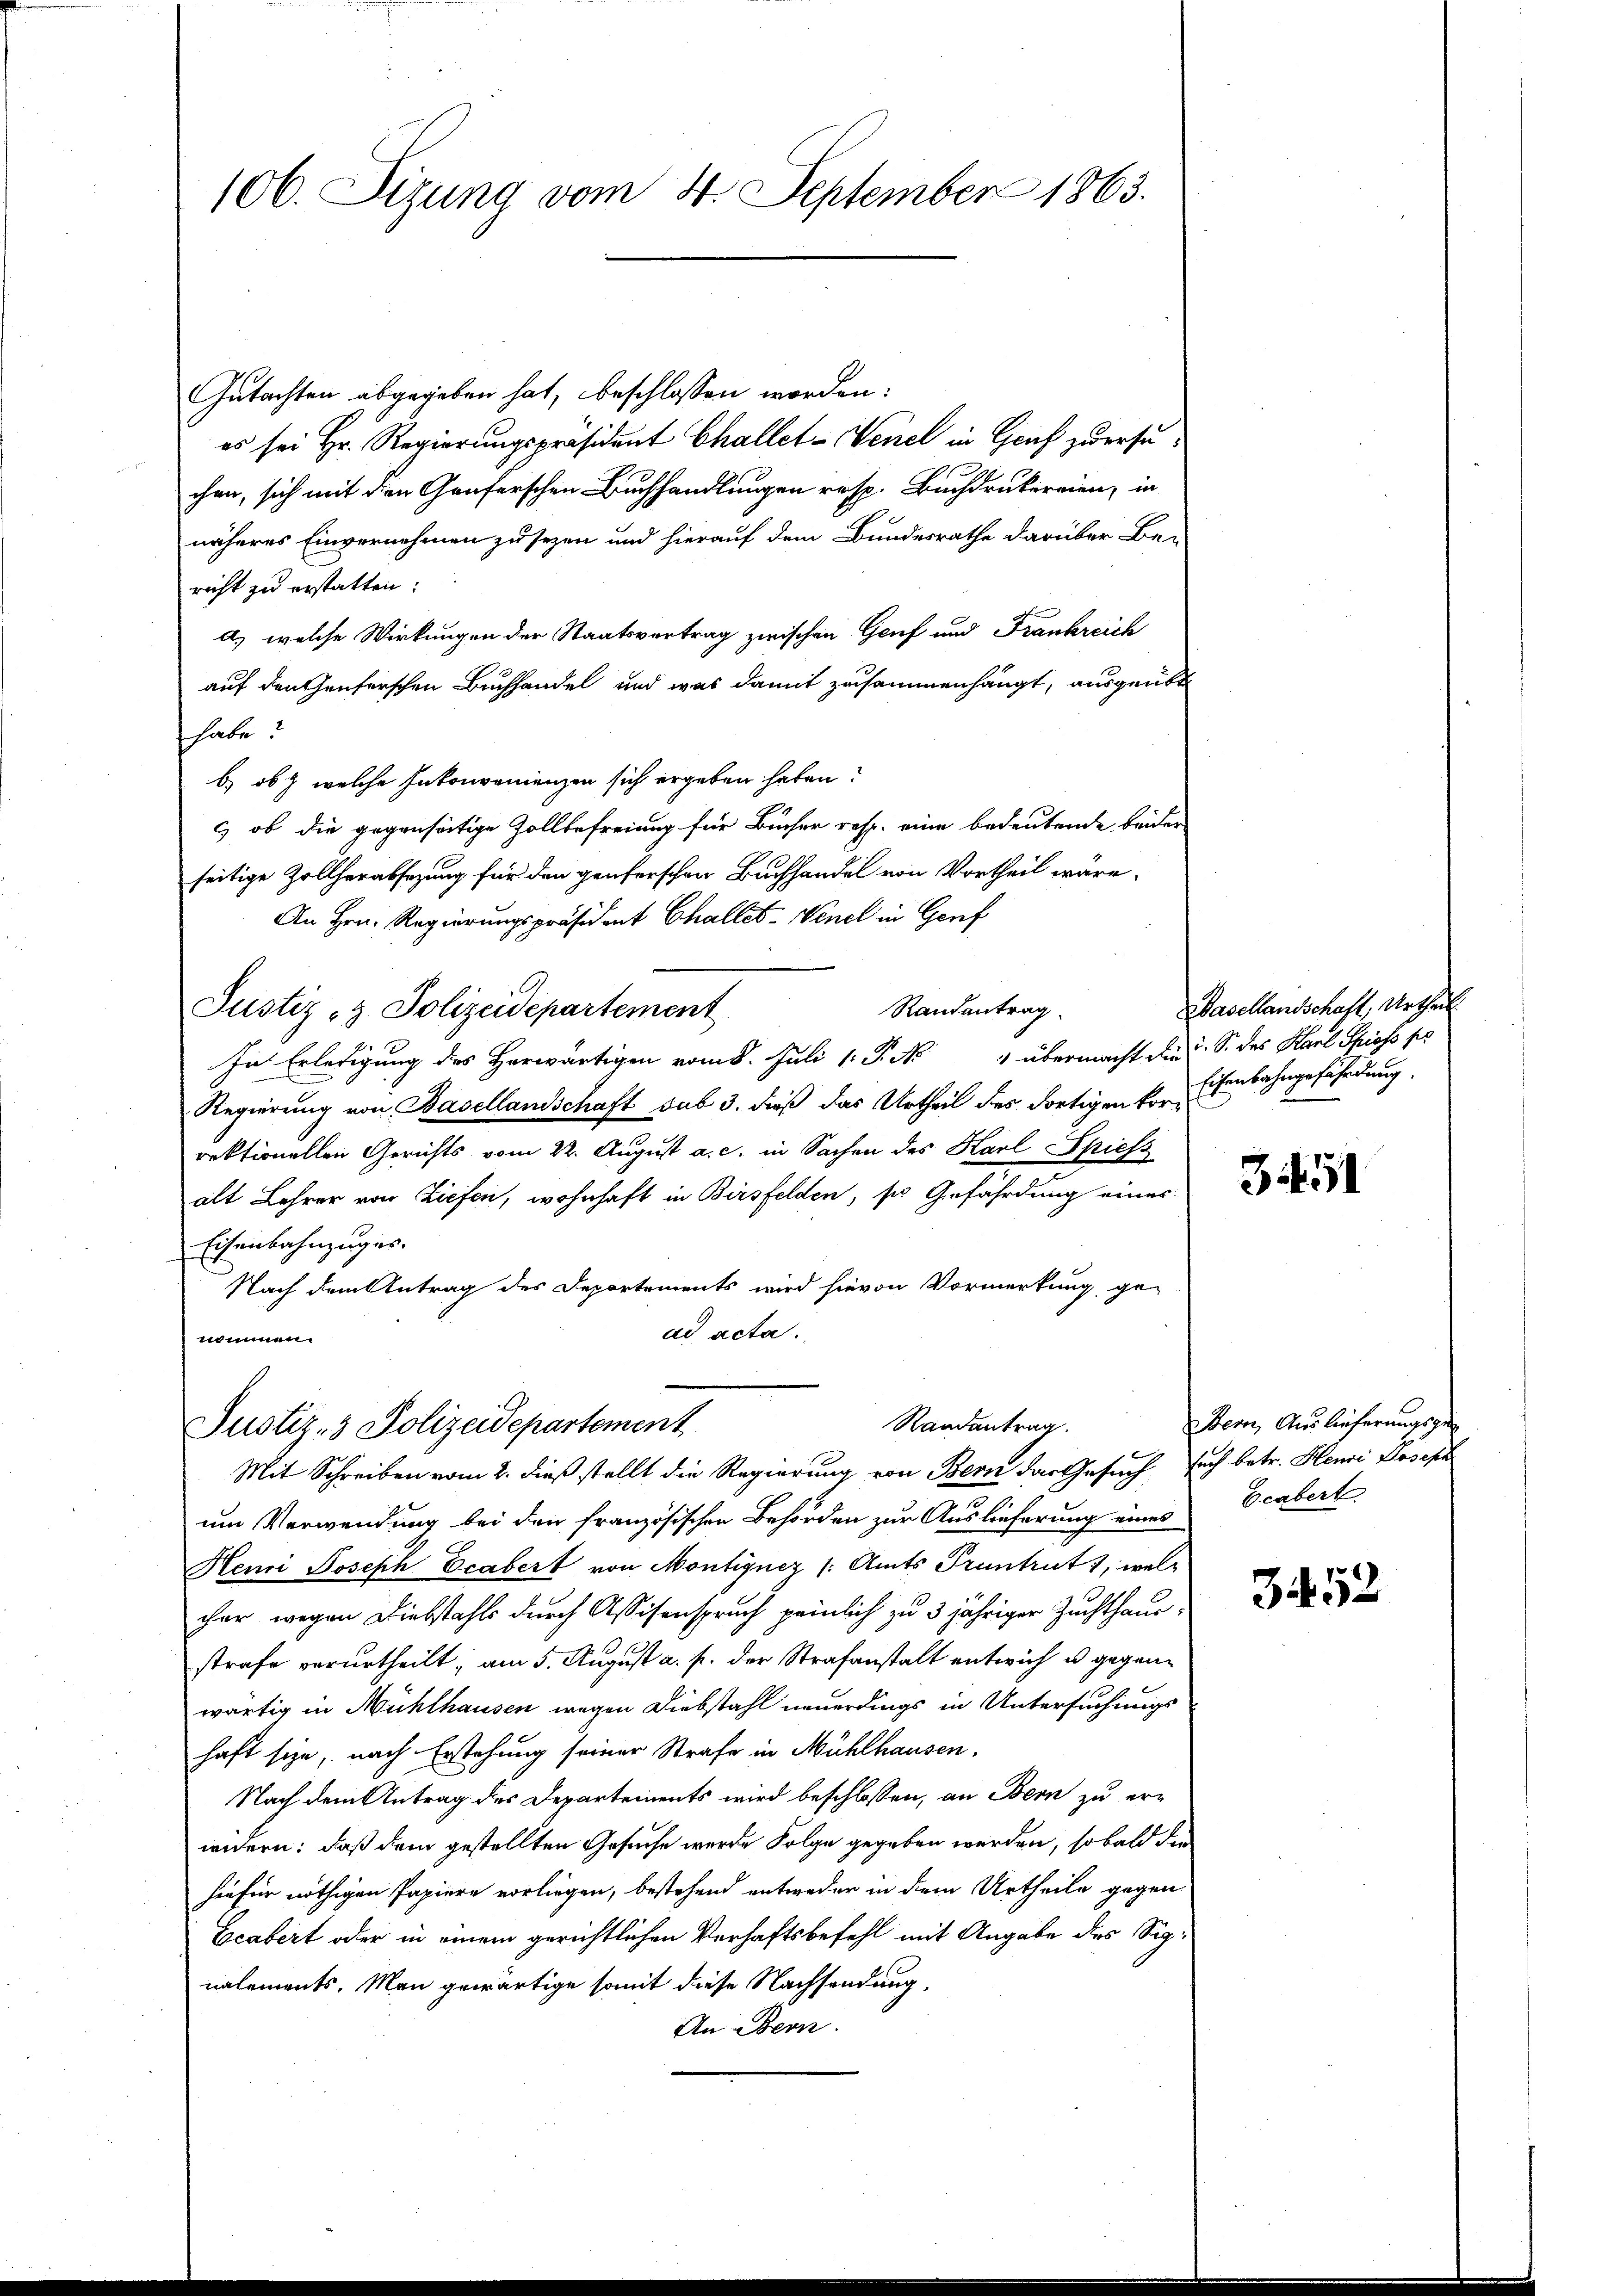
106. Sizung vom 4. September 1863.

Gutachten abgegeben hat, beschlossen worden:
es sei Hr. Regierungspräsident Challet-Venel in Graf zuersuchen, sich mit den Graferschen Buchhandlungen resp. Buchdrukereien, in
näheres Einvernehmen zu sezen und hierauf dem Bundesrathe darüber Be-
richt zu erstatten:
a) welche Wirkungen der Staatsvertrag zwischen Genf und Frankreich
auf den Genferschen Buchhandel und was damit zusammenhängt, ausgeübt
habe?
b) ob welche Inkonvenienzen sich ergeben haben.
c) ob die gegenseitige Zollbefreiung für Bücher resp. eine bedeutende beider
seitige Zollherabsezung für den ganterschen Buchhandel von Vortheil wäre.
An Hrn. Regierungspräsident Challes. Wenel in Genf
Randantrag
Justiz- & Polizeidepartement
In Erledigung des Herwärtigen vom 8. Juli 1. P. Nr. 4 übermacht die u. S. des Karl Spioso pr
Regierung von Basellandschaft sub 3. dieß das Urtheil des dortigen Vorrektionellen Gerichts vom 22. August a. c. in Sachen des Karl Spiess
alt Lehrer von Ziefen, wohnhaft in Birsfelden, so Gefährdung eines
Eisenbahnzuges.
Nach dem Antrag des Departements wird hievon Vormerkung, ge-
ad acta.
nommen.

Randantrag.
Justiz- & Polizeidepartement

Basellandschaft, Urtheil
Eisenbahngefährdung.

Mit Schreiben vom 2. dieß stellt die Regierung von Bern das Gesuch, sich betr. Henri Joseph
um Verwendung bei den französischen Behörden zur Auslieferung eines Ecabert
Henri Joseph Ecabert von Montignez (Amts Pruntrut 1, welcher wegen Diebstahls durch Assisanspruch peinlich zu 3 jähriger Zuchthaus-
strafe verurtheilt; am 5. August a. p. der Strafanstalt entwich u. gegenwärtig in Mühlhausen wegen Diebstahl neuerdings in Untersuchungshaft sie, nach Erstehung seiner Strafe in Mühlhausen.
Nach dem Antrag des Departements wird beschlossen, an Bern zu erwidern: daß dem gestellten Gesuche wurde Folge gegeben werden, so bald die
hen für nöthigen Papiere vorliegen, bestehend entweder in dem Urtheile gegen
Geabert oder in einem gerichtlichen Verhaftsbefehl mit Angabe des Signalements. Man gewärtige somit diese Nachsendung,
An Bern.

3451

Stern, Auslieferungsge

3452